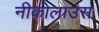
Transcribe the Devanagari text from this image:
नीकोलाउस